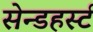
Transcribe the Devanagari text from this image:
सेन्डहर्स्ट